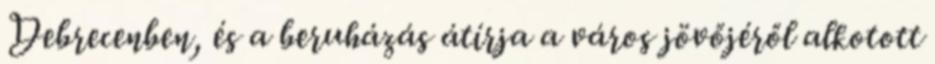
Debrecenben, és a beruházás átírja a város jövőjéről alkotott